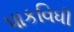
પાકવિધી